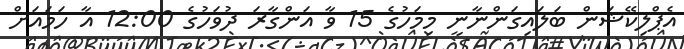
އެޕްލިކޭޝަން ބަލައިގަންނާނީ މިމަހުގެ 15 ވާ އަންގާރަ ދުވަހުގެ 12:00 އާ ހަމައަށް